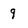
Character: 9